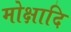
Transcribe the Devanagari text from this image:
मोक्षादि